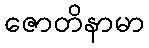
ဇောတိနာမာ